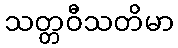
သတ္တဝီသတိမာ